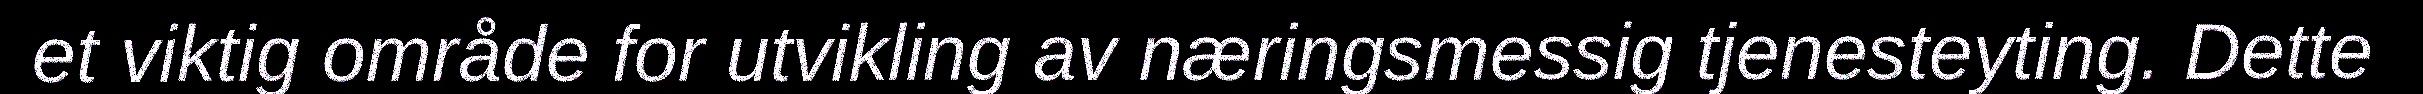
et viktig område for utvikling av næringsmessig tjenesteyting. Dette